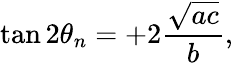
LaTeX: \tan 2\theta_{n}=+2{\frac{\sqrt{ac}}{b}},